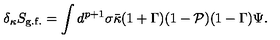
\delta _ { \kappa } S _ { \mathrm { g . f . } } = \int d ^ { p + 1 } \sigma \bar { \kappa } ( 1 + \Gamma ) ( 1 - { \cal P } ) ( 1 - \Gamma ) \Psi .